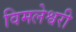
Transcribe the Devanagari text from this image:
विमलेश्वरी